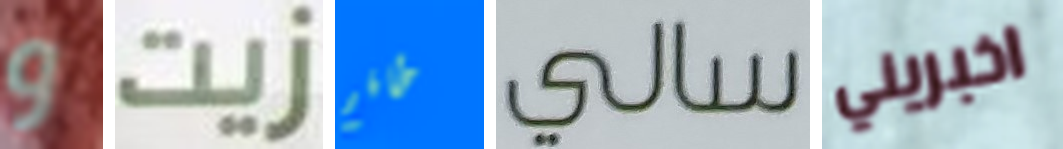
و زيت طاقم سالي اخبريني